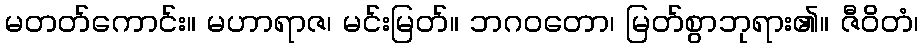
မတတ်ကောင်း။ မဟာရာဇ၊ မင်းမြတ်။ ဘဂဝတော၊ မြတ်စွာဘုရား၏။ ဇီဝိတံ၊